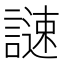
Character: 𧫻